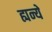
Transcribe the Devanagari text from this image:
ह्यन्ये